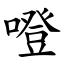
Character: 噔